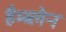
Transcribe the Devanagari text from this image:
हैम्ब्लेन